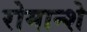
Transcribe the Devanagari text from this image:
रोमान्शे